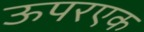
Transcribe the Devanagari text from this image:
ऊपरएक